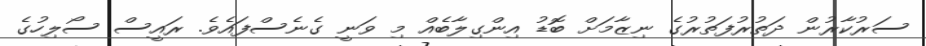
ސަރުކާރުން ދަތުރުފަތުރުގެ ނިޒާމަށް ބޮޑު އިންގިލާބެއް މި ވަނީ ގެނެސްފައެވެ. ރައީސް ސޯލިހުގެ